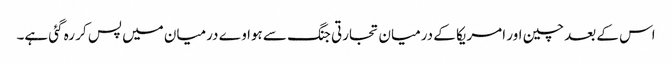
اس کے بعد چین اور امریکا کے درمیان تجارتی جنگ سے ہواوے درمیان میں پس کر رہ گئی ہے۔